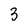
Character: 3